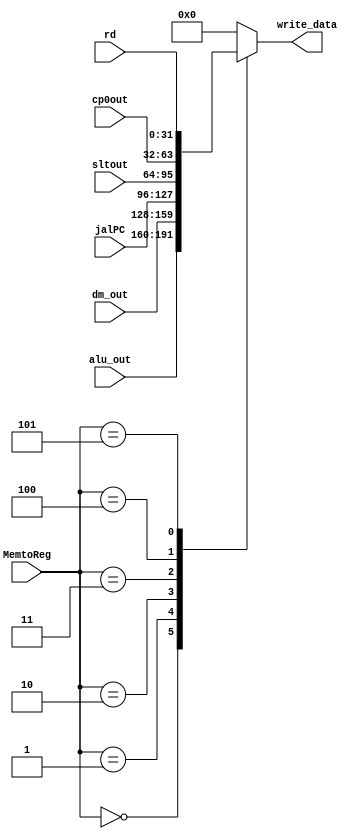
module mux2(MemtoReg,write_data,alu_out,dm_out,jalPC,sltout,cp0out,rd);
//choose write data in register 
    input [2:0] MemtoReg;
    input [31:0] alu_out;
    input [31:0] dm_out;
    input [31:0] jalPC;
    input [31:0] sltout;
    input [31:0] cp0out;
    input [31:0] rd;
    output reg[31:0] write_data;

    always@(MemtoReg or alu_out or dm_out or jalPC or sltout)
    begin
      case(MemtoReg)
          3'd0: write_data = alu_out;
          3'd1: write_data = dm_out;
          3'd2: write_data = jalPC;
          3'd3: write_data = sltout;
          3'd4: write_data = cp0out;   //cp0
          3'd5: write_data = rd;       //bridge
          default: write_data = 32'd0;
      endcase
    end
endmodule